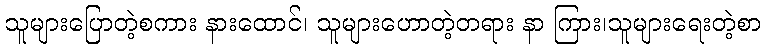
သူများပြောတဲ့စကား နားထောင်၊ သူများဟောတဲ့တရား နာ ကြား၊သူများရေးတဲ့စာ